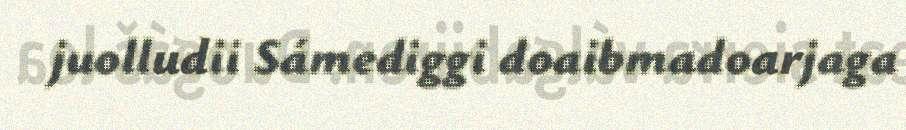
juolludii Sámediggi doaibmadoarjaga